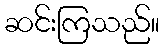
ဆင်းကြသည်။